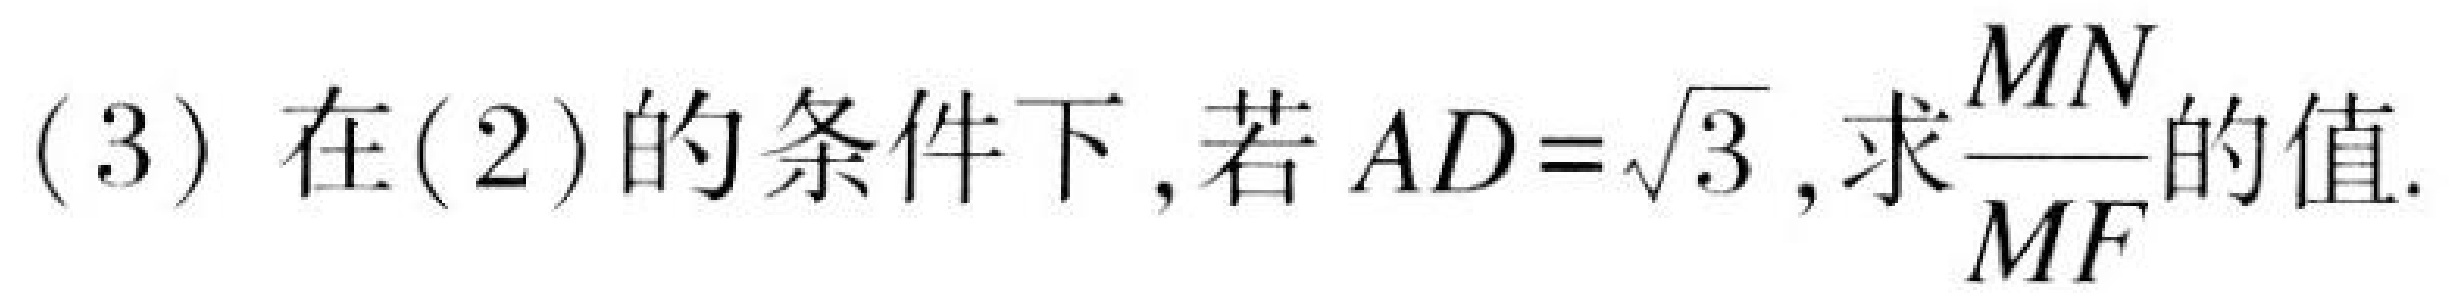
(3) 在(2)的条件下,若\(AD = \sqrt{3}\),求\(\frac{MN}{MF}\)的值.